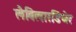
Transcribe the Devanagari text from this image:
लैबिलारडियेर